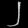
Digit: ၂